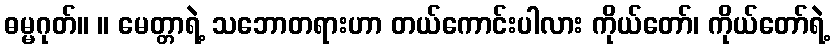
ဓမ္မဂုတ်။ ။ မေတ္တာရဲ့ သဘောတရားဟာ တယ်ကောင်းပါလား ကိုယ်တော်၊ ကိုယ်တော်ရဲ့